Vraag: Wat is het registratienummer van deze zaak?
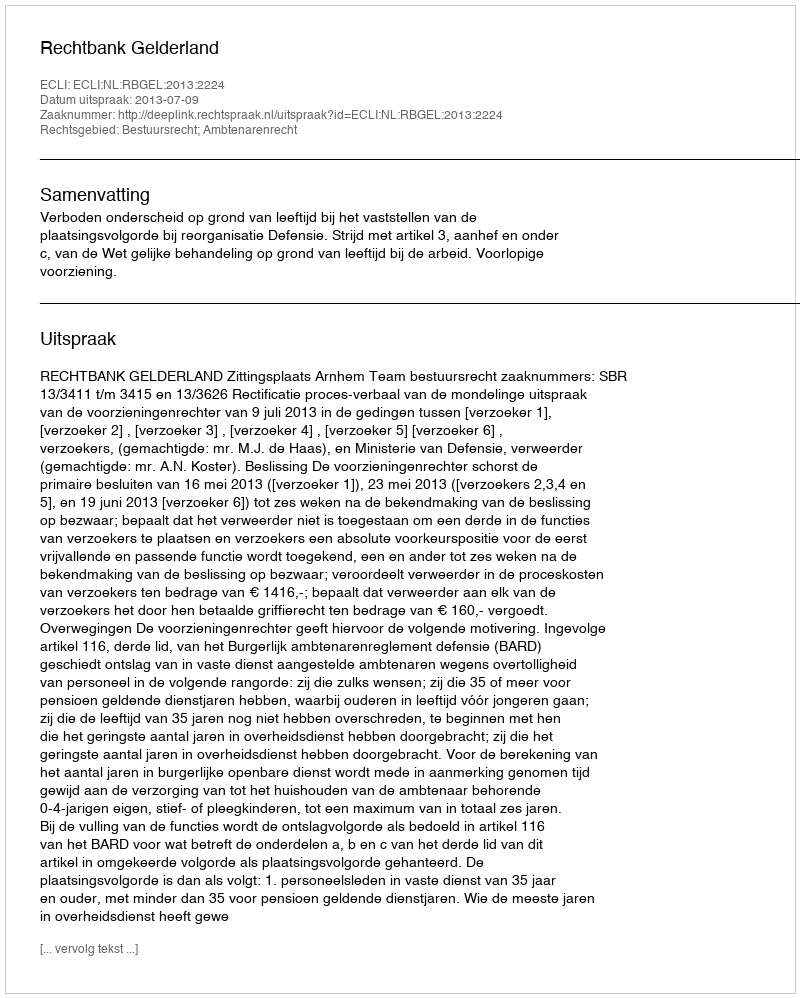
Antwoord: http://deeplink.rechtspraak.nl/uitspraak?id=ECLI:NL:RBGEL:2013:2224